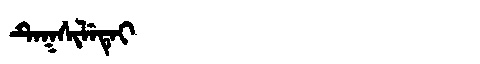
Manchu: ᡨᡝᡴᠰᡳᠯᡝᡨᡝᡳ
Romanization: TEKSILETEI